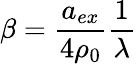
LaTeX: \beta=\frac{a_{ex}}{4\rho_{0}}\frac{1}{\lambda}